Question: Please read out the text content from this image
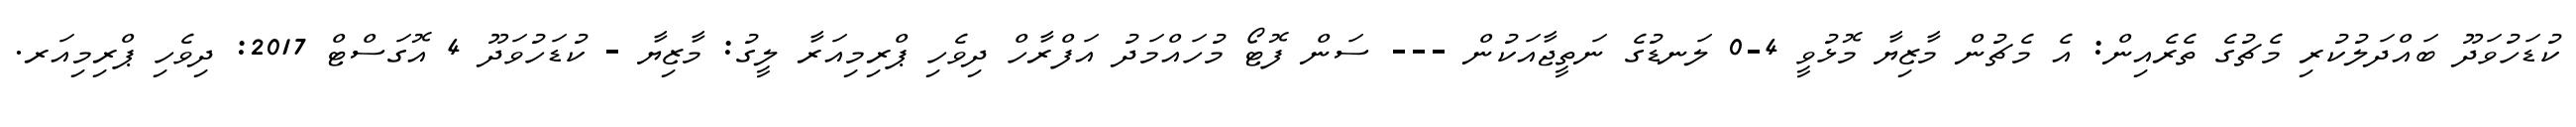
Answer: ކުޑަހުވަދޫ ބައްދަލުކުރި މެޗުގެ ތެރެއިން: އެ މެޗުން މާޒިޔާ މޮޅުވީ 4-0 ލަނޑުގެ ނަތީޖާއަކުން --- ސަން ފޮޓޯ މުހައްމަދު އަފްރާހް ދިވެހި ޕްރިމިއަރާ ލީގު: މާޒިޔާ - ކުޑަހުވަދޫ 4 އޮގަސްޓް 2017: ދިވެހި ޕްރިމިއަރ.